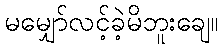
မမျှော်လင့်ခဲ့မိဘူးချေ။